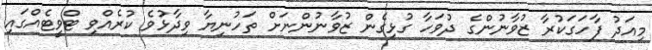
މިއަދު ފާހަގަކުރާ ޒުވާނުންގެ ދުވަހާ ގުޅިގެން ޒުވާނުންނަށް ތަހުނިޔާ ވިދާޅުވެ ކުރެއްވި ޓްވީޓެއްގައި